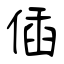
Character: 偛